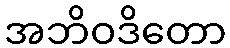
အဘိဝဒိတော